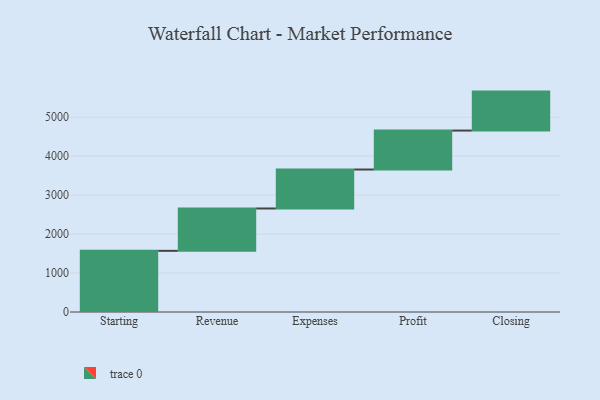
{"axis": {"x": "Step", "y": "Value"}, "legend": [""], "data": [{"x": "Starting", "y": 1570.0, "type": ""}, {"x": "Revenue", "y": 1087.0, "type": ""}, {"x": "Expenses", "y": 1000, "type": ""}, {"x": "Profit", "y": 1000, "type": ""}, {"x": "Closing", "y": 1000, "type": ""}]}